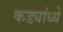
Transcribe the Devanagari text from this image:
कड्यांध्ये